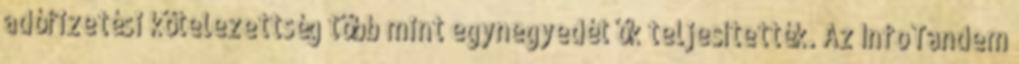
adófizetési kötelezettség több mint egynegyedét ők teljesítették. Az InfoTandem